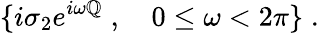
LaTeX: \{ i\sigma_{2}e^{i\omega\mathbb{Q}}\; ,\quad0\le\omega<2\pi\} \; .